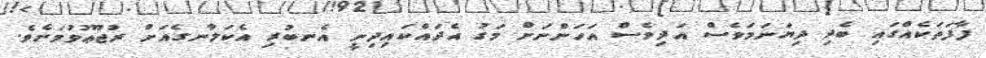
ފާފަތަކެއްގައި ބެދި ދިޔަނަމަވެސް އަދިވެސް އަހަންނަށް މަގު އެދައްކައިދިނީ އެނބުރި އެކަލާނގެއަށް ރުޖޫޢުވުމަށެވެ.